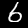
Label: 6